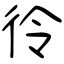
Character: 彾